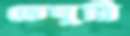
তেঘুরি